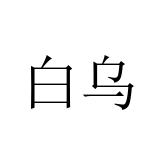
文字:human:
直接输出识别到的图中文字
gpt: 白乌